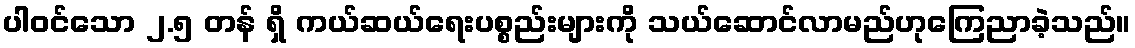
ပါဝင်သော ၂.၅ တန် ရှိ ကယ်ဆယ်ရေးပစ္စည်းများကို သယ်ဆောင်လာမည်ဟုကြေညာခဲ့သည်။